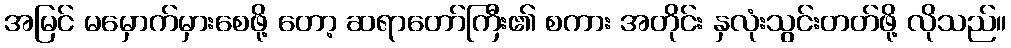
အမြင် မမှောက်မှားစေဖို့ တော့ ဆရာတော်ကြီး၏ စကား အတိုင်း နှလုံးသွင်းတတ်ဖို့ လိုသည်။